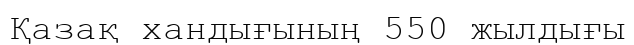
Қазақ хандығының 550 жылдығы